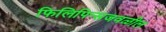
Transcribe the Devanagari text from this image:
फिलिपिन्सजवळील